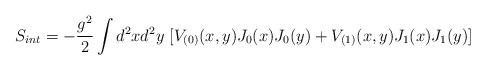
LaTeX: \begin{align*}S_{int} =-\frac{g^2}{2} \int d^2x d^2y ~ [V_{(0)}(x,y) J_0(x) J_0(y) +V_{(1)}(x,y) J_1(x) J_1 (y)] \end{align*}